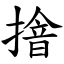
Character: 摿